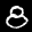
Label: 8